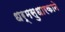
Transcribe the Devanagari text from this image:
धर्मसुधारकाने